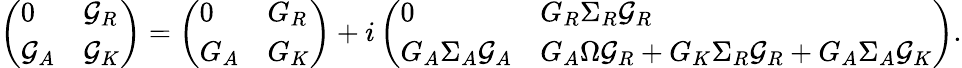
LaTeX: \left(\begin{array}{ll}{{0}}&{{{\cal G}_{R}}}\\ {{{\cal G}_{A}}}&{{{\cal G}_{K}}}\end{array}\right)=\left(\begin{array}{ll}{{0}}&{{G_{R}}}\\ {{G_{A}}}&{{G_{K}}}\end{array}\right)+i\left(\begin{array}{ll}{{0}}&{{G_{R}\Sigma_{R}{\cal G}_{R}}}\\ {{G_{A}\Sigma_{A}{\cal G}_{A}}}&{{G_{A}\Omega{\cal G}_{R}+G_{K}\Sigma_{R}{\cal G}_{R}+G_{A}\Sigma_{A}{\cal G}_{K}}}\end{array}\right).